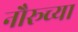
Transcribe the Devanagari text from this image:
नौरूच्या